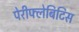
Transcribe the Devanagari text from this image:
पेरीफ्लेबिटिस